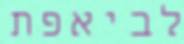
לביאפת